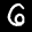
Label: 6